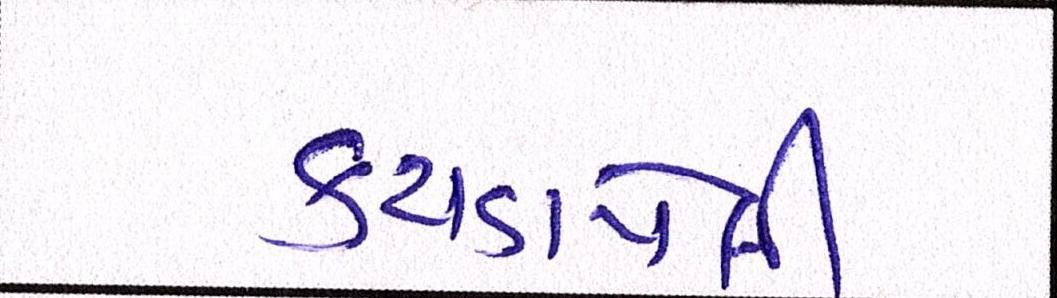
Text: કચડાયેલી